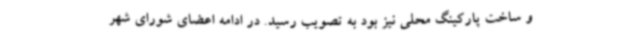
و ساخت پارکینگ محلی نیز بود به تصویب رسید. در ادامه اعضای شورای شهر